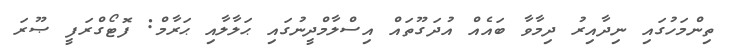
ތިންމަހުގައި ނިދާއިރު ދިމާވާ ބައެއް އުދަގޫތައް އިސްލާމްދީނުގައި ޙަލާލާއި ޙަރާމް: ފޮޓޯގްރަފީ ޞޫރަ